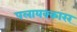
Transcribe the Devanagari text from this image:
पलायक्कारर